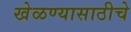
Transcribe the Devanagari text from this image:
खेळण्यासाठीचे